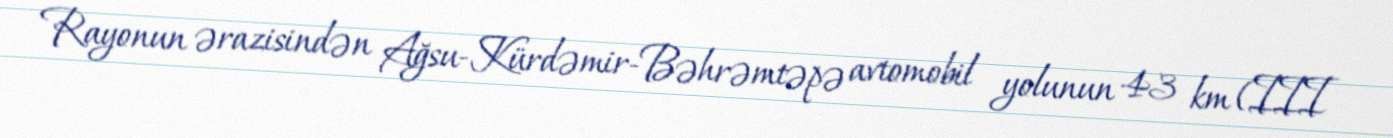
Rayonun ərazisindən Ağsu-Kürdəmir-Bəhrəmtəpə avtomobil yolunun 43 km (III